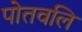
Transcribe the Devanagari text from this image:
पोतवलि